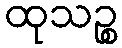
ထုသဉ္စ